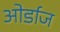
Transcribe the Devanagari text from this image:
ओर्डाज